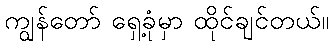
ကျွန်တော် ရှေ့ခုံမှာ ထိုင်ချင်တယ်။